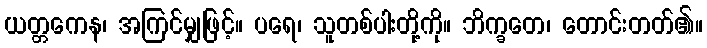
ယတ္တကေန၊ အကြင်မျှဖြင့်။ ပရေ၊ သူတစ်ပါးတို့ကို။ ဘိက္ခတေ၊ တောင်းတတ်၏။